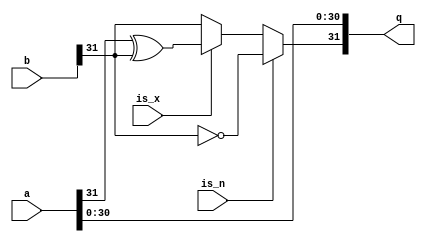
module sign_injection(a,b,is_n,is_x,q);
    input [31:0] a;
    input [31:0] b;
    input is_n;
    input is_x;
    output [31:0] q;
    
    wire top_bit;
    assign top_bit = is_n ? ~b[31]
                   : is_x ? (a[31] ^ b[31])
                   : b[31];

    assign q = {top_bit,a[30:0]};
endmodule